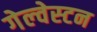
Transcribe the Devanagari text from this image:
गेल्‍वेस्‍टन